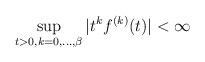
LaTeX: \begin{align*}\sup_{t > 0, k = 0,\ldots,\beta} |t^k f^{(k)}(t)| < \infty\end{align*}